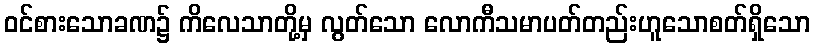
ဝင်စားသောခဏ၌ ကိလေသာတို့မှ လွတ်သော လောကီသမာပတ်တည်းဟူသောစတ်ရှိသော